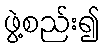
ဖွဲ့စည်း၍